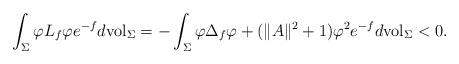
LaTeX: \begin{align*}\int_\Sigma \varphi L_f\varphi e^{-f}d\mathrm{vol}_\Sigma=-\int_\Sigma \varphi\Delta_f \varphi+(\|A\|^2+1)\varphi^2e^{-f}d\mathrm{vol}_\Sigma<0.\end{align*}